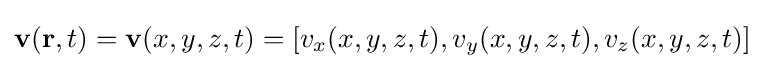
\mathbf {v} (\mathbf {r} ,t)=\mathbf {v} (x,y,z,t)=[v_{x}(x,y,z,t),v_{y}(x,y,z,t),v_{z}(x,y,z,t)]